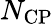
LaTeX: N_{\mathrm{CP}}